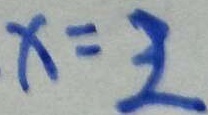
x = 2